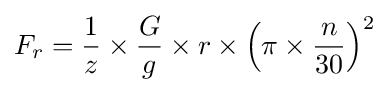
F_{r}={\frac {1}{z}}\times {\frac {G}{g}}\times r\times \left(\pi \times {\frac {n}{30}}\right)^{2}